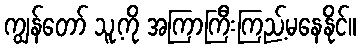
ကျွန်တော် သူ့ကို အကြာကြီးကြည့်မနေနိုင်။